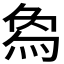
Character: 𤊱